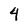
Character: 4